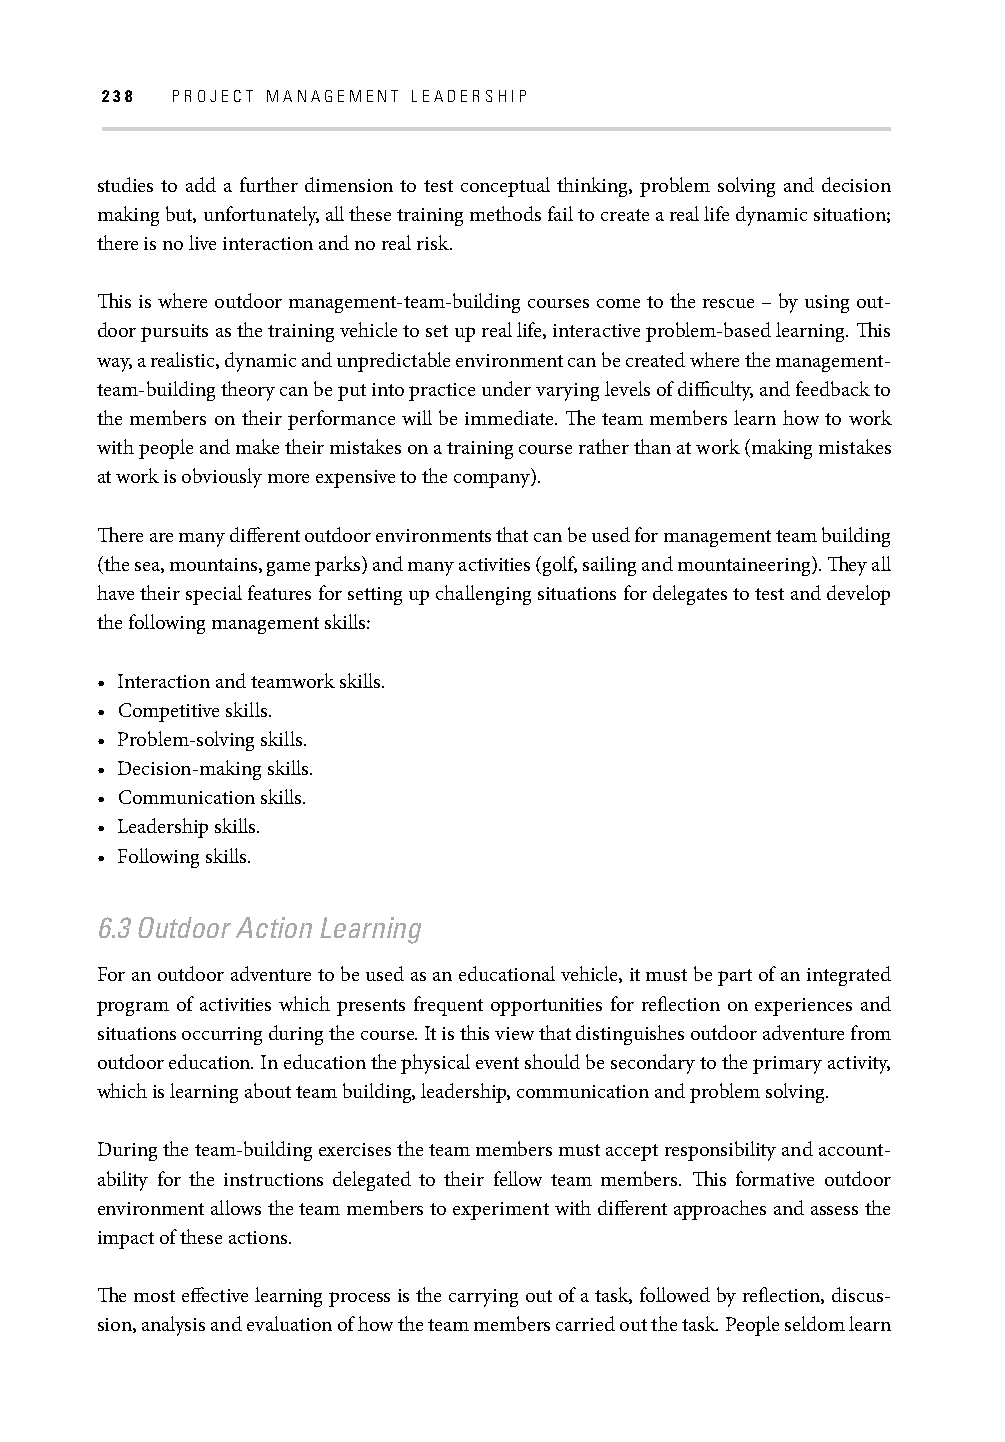
238 PROJECT MANAGEMENT LEADERSHIP
 studies to add a further dimension to test conceptual thinking, problem solving and decision
 making but, unfortunately, all these training methods fail to create a real life dynamic situation;
 there is no live interaction and no real risk.
 Th is is where outdoor management-team-building courses come to the rescue – by using out-
 door pursuits as the training vehicle to set up real life, interactive problem-based learning. Th is
 way, a realistic, dynamic and unpredictable environment can be created where the management-
 team-building theory can be put into practice under varying levels of diffi culty, and feedback to
 the members on their performance will be immediate. Th e team members learn how to work
 with people and make their mistakes on a training course rather than at work (making mistakes
 at work is obviously more expensive to the company).
 Th ere are many diff erent outdoor environments that can be used for management team building
 (the sea, mountains, game parks) and many activities (golf, sailing and mountaineering). Th ey all
 have their special features for setting up challenging situations for delegates to test and develop
 the following management skills:
 • Interaction and teamwork skills.
 • Competitive skills.
 • Problem-solving skills.
 • Decision-making skills.
 • Communication skills.
 • Leadership skills.
 • Following skills.
 6.3 Outdoor Action Learning
 For an outdoor adventure to be used as an educational vehicle, it must be part of an integrated
 program of activities which presents frequent opportunities for refl ection on experiences and
 situations occurring during the course. It is this view that distinguishes outdoor adventure from
 outdoor education. In education the physical event should be secondary to the primary activity,
 which is learning about team building, leadership, communication and problem solving.
 During the team-building exercises the team members must accept responsibility and account-
 ability for the instructions delegated to their fellow team members. Th is formative outdoor
 environment allows the team members to experiment with diff erent approaches and assess the
 impact of these actions.
 Th e most eff ective learning process is the carrying out of a task, followed by refl ection, discus-
 sion, analysis and evaluation of how the team members carried out the task. People seldom learn